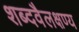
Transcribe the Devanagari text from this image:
शब्दवैलक्षण्य